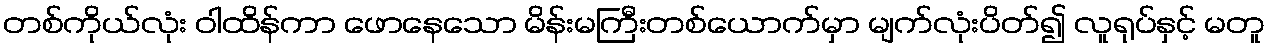
တစ်ကိုယ်လုံး ဝါထိန်ကာ ဖောနေသော မိန်းမကြီးတစ်ယောက်မှာ မျက်လုံးပိတ်၍ လူရုပ်နှင့် မတူ